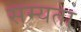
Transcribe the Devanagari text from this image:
सम्यता